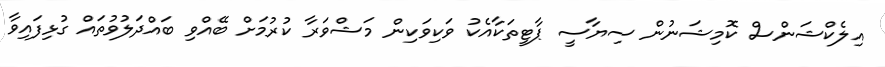
އިލެކްޝަންސް ކޮމިޝަނުން ސިޔާސީ ޕާޓީތަކާއެކު ވަކިވަކިން މަޝްވަރާ ކުރުމަށް ބޭއްވި ބައްދަލުވުތައް ގުޅިފައިވާ